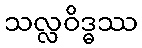
သလ္လဝိဒ္ဓဿ